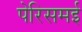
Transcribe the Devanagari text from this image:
पेरिसमई